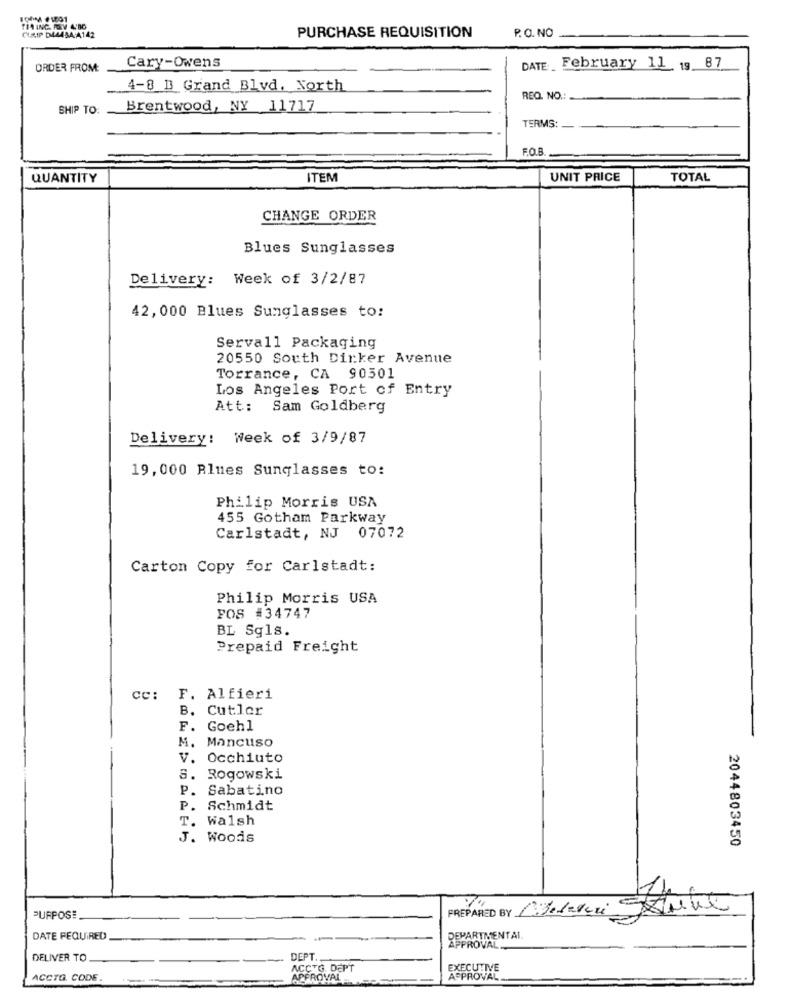
ICOM #1601
TEA ING. MOV 4:00
PURCHASE REQUISITION
CURIP D44434-A142
P.O. NO
ORDER FROM
Cary-Owens
DATE. February 11 19 87
4-8 B Grand Blvd. North
REQ. NO.
SHIP TO:
Brentwood, NY 11717
TERMS:
QUANTITY
ITEM
UNIT PRICE
TOTAL
CHANGE ORDER
Blues Sunglasses
Delivery: Week of 3/2/87
42, 000 Blues Sunglasses to:
Servall Packaging
20550 South Dirker Avenue
Torrance, CA 90501
Los Angeles Port of Entry
Att: Sam Goldberg
Delivery: Week of 3/9/87
19, 000 Blues Sunglasses to:
Philip Morris USA
455 Gotham Parkway
Carlstadt, NJ 07072
Carton Copy for Carlstadt:
Philip Morris USA
POS #34747
BL Sqls.
Prepaid Freight
cc:
F. Alfieri
B. Cutler
F.
Goehl
M.
Mancuso
v. Occhiuto
8.
Rogowski
P.
Sabatino
P.
Schmidt
T.
Walsh
J. Woods
2044803450
PREPARED BY Cadaveri
PURPOSE
DATE REQUIRED
DEPARTMENTAL.
APPROVAL
DELIVER TO
DEPT ..
ACCTG. DEPT
EXECUTIVE
ACCTG. CODE.
APPROVAL
APPROVAL